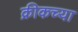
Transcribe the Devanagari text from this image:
क्रीकच्या